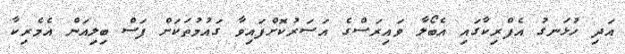
އަދި ހުޅަނގު އެފްރިކާގައި އެބޯލާ ވައިރަސްގެ އަސަރުކޮށްފައިވާ ގައުމުތަކަށް ފަސް ބިލިއަން އެމެރިކާ